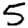
Digit: 5